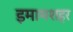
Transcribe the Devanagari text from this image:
इमामशहर